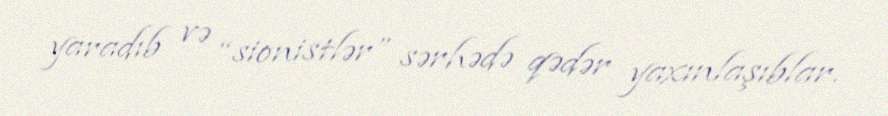
yaradıb və “sionistlər” sərhədə qədər yaxınlaşıblar.